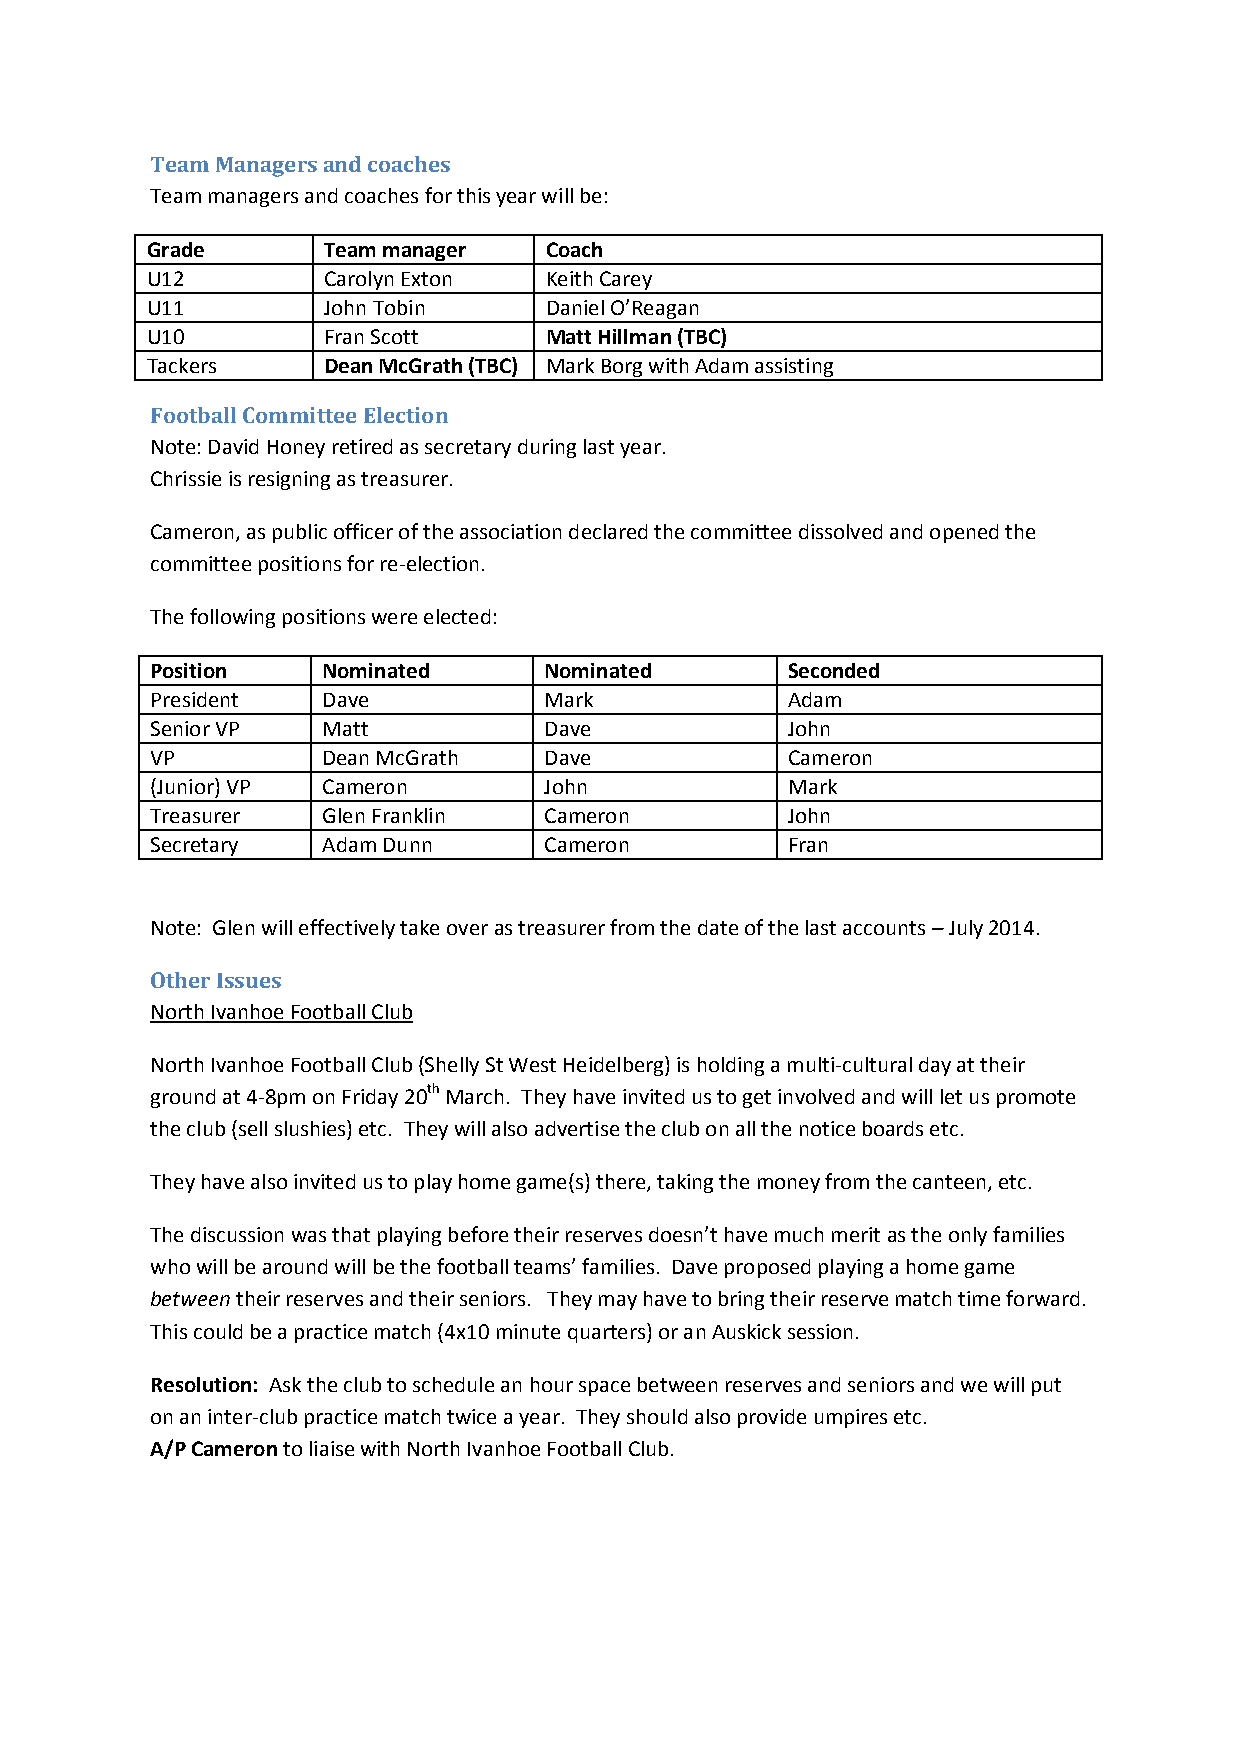
Team Managers and coaches
 Team managers and coaches for this year will be:
 Grade      Team manager   Coach
 U12        Carolyn Exton  Keith Carey
 U11        John Tobin     Daniel O’Reagan
 U10        Fran Scott     Matt Hillman (TBC)
 Tackers    Dean McGrath (TBC) Mark Borg with Adam assisting
 Football Committee Election
 Note: David Honey retired as secretary during last year.
 Chrissie is resigning as treasurer.
 Cameron, as public officer of the association declared the committee dissolved and opened the
 committee positions for re-election.
 The following positions were elected:
 Position   Nominated      Nominated       Seconded
 President  Dave           Mark            Adam
 Senior VP  Matt           Dave            John
 VP         Dean McGrath   Dave            Cameron
 (Junior) VP Cameron       John            Mark
 Treasurer  Glen Franklin  Cameron         John
 Secretary  Adam Dunn      Cameron         Fran
 Note: Glen will effectively take over as treasurer from the date of the last accounts – July 2014.
 Other Issues
 North Ivanhoe Football Club
 North Ivanhoe Football Club (Shelly St West Heidelberg) is holding a multi-cultural day at their
 ground at 4-8pm on Friday 20th March. They have invited us to get involved and will let us promote
 the club (sell slushies) etc. They will also advertise the club on all the notice boards etc.
 They have also invited us to play home game(s) there, taking the money from the canteen, etc.
 The discussion was that playing before their reserves doesn’t have much merit as the only families
 who will be around will be the football teams’ families. Dave proposed playing a home game
 between their reserves and their seniors. They may have to bring their reserve match time forward.
 This could be a practice match (4x10 minute quarters) or an Auskick session.
 Resolution: Ask the club to schedule an hour space between reserves and seniors and we will put
 on an inter-club practice match twice a year. They should also provide umpires etc.
 A/P Cameron to liaise with North Ivanhoe Football Club.